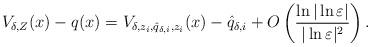
LaTeX: \begin{align*}V_{\delta,Z}(x)-q(x)=V_{\delta, z_i, \hat{q}_{\delta,i}, z_i}(x)-\hat{q}_{\delta,i}+O\left( \frac{\ln|\ln\varepsilon|}{|\ln\varepsilon|^2}\right).\end{align*}